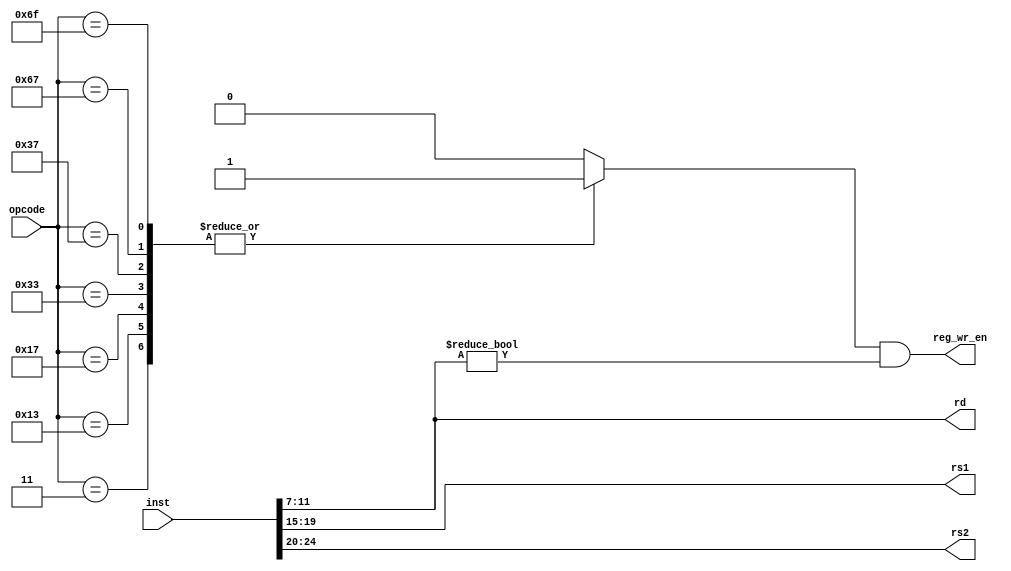
module decode_regs(
    input[31:0]         inst,
    input[6:0]          opcode,

    output[4:0]         rs1,
    output[4:0]         rs2,
    output[4:0]         rd,

    output              reg_wr_en
);

    assign rs1 = inst[19:15];
    assign rs2 = inst[24:20];
    assign rd  = inst[11:7];

    reg instn_reg_wr_en;

    always @(*) begin
        instn_reg_wr_en = 0;
        case(opcode)
            3:      instn_reg_wr_en = 1;  // Load instructions
            19:     instn_reg_wr_en = 1;  // I type instructions
            23:     instn_reg_wr_en = 1;  // AUIPC
            35:     instn_reg_wr_en = 0;  // Store instructions
            51:     instn_reg_wr_en = 1;  // R type instructions
            55:     instn_reg_wr_en = 1;  // LUI instruction
            99:     instn_reg_wr_en = 0;  // Branch instructions
            103:    instn_reg_wr_en = 1;  // JALR
            111:    instn_reg_wr_en = 1;  // JAL
        endcase
    end

    assign reg_wr_en = instn_reg_wr_en & (rd != 0);

endmodule